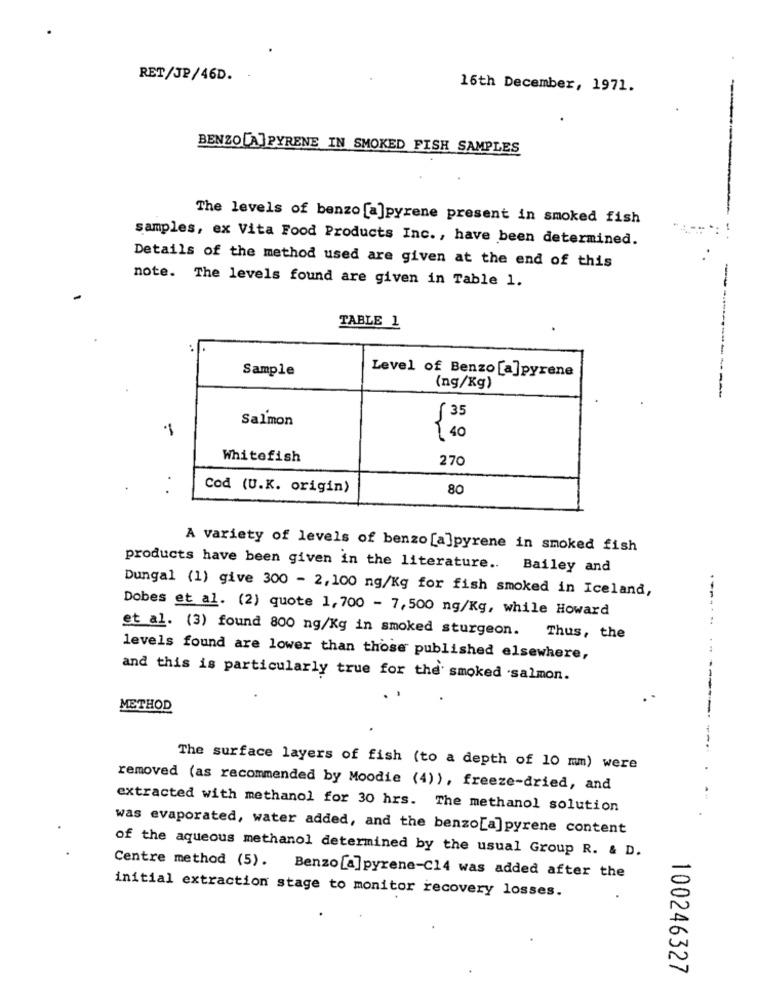
RET/JP/46D.
16th December, 1971.
-
BENZO[A] PYRENE IN SMOKED FISH SAMPLES
The levels of benzo [a]pyrene present in smoked fish
--
samples, ex Vita Food Products Inc ., have been determined.
Details of the method used are given at the end of this
note. The levels found are given in Table 1.
TABLE 1
Sample
Level of Benzo [a]pyrene
(ng/Kg)
Salmon
35
·1
₹ 40
Whitefish
270
..
Cod (U.K. origin)
80
A variety of levels of benzo [a]pyrene in smoked fish
products have been given in the literature .. Bailey and
Dungal (1) give 300 - 2,100 ng/Kg for fish smoked in Iceland,
Dobes et al. (2) quote 1,700 - 7,500 ng/Kg, while Howard
------
et al. (3) found 800 ng/Kg in smoked sturgeon. Thus, the
levels found are lower than those published elsewhere,
and this is particularly true for the' smoked salmon.
METHOD
The surface layers of fish (to a depth of 10 mm) were
removed (as recommended by Moodie (4)), freeze-dried, and
extracted with methanol for 30 hrs. The methanol solution
was evaporated, water added, and the benzo[a]pyrene content
of the aqueous methanol determined by the usual Group R. & D.
Centre method (5). Benzo[a]pyrene-C14 was added after the
initial extraction stage to monitor recovery losses.
100246327